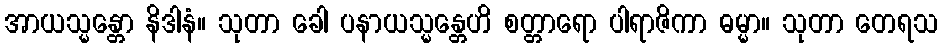
အာယသ္မန္တော နိဒါနံ။ သုတာ ခေါ ပနာယသ္မန္တေဟိ စတ္တာရော ပါရာဇိကာ ဓမ္မာ။ သုတာ တေရသ